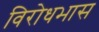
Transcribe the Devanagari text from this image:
विरोधभास